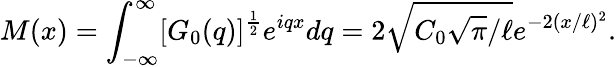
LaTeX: M(x)=\int_{-\infty}^{\infty}[G_{0}(q)]^{\frac{1}{2}}e^{iqx}dq=2\sqrt{C_{0}\sqrt{\pi}/\ell}e^{-2(x/\ell)^{2}}.